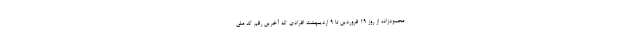
محمودزاده از روز ۱۹ فروردین تا ۹ اردیبهشت افرادی که آخرین رقم کد ملی